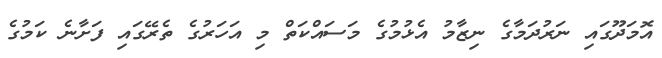
އޮމަދޫގައި ނަރުދަމާގެ ނިޒާމު އެޅުމުގެ މަސައްކަތް މި އަހަރުގެ ތެރޭގައި ފަށާނެ ކަމުގެ